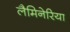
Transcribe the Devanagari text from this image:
लैमिनेरिया